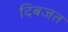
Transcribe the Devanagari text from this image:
दिबजत